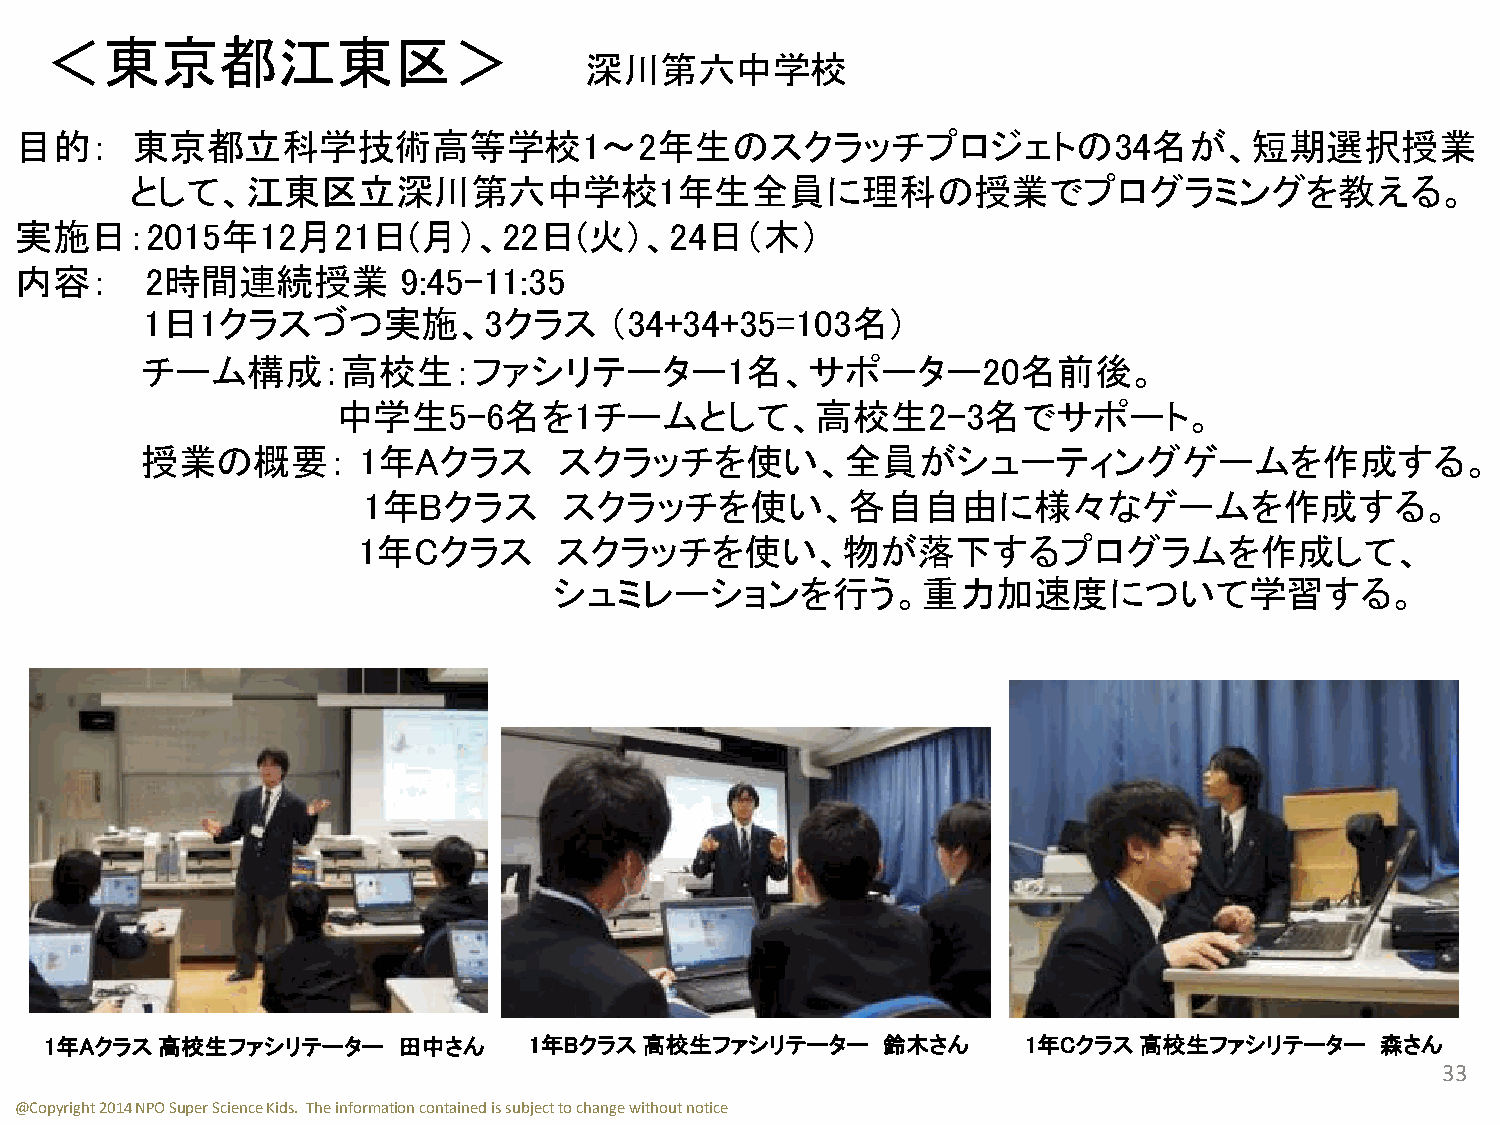
＜東京都江東区＞
 深川第六中学校
 目的：     東京都立科学技術高等学校1～2年生のスクラッチプロジェトの34名が、短期選択授業
 として、江東区立深川第六中学校1年生全員に理科の授業でプログラミングを教える。
 実施日：2015年12月21日(月）、22日(火）、24日（木）
 内容：      2時間連続授業          9:45-11:35
 1日1クラスづつ実施、3クラス                （34+34+35=103名)
 チーム構成：高校生：ファシリテーター1名、サポーター20名前後。
 中学生5-6名を1チームとして、高校生2-3名でサポート。
 授業の概要：         1年Aクラス       スクラッチを使い、全員がシューティングゲームを作成する。
 1年Bクラス       スクラッチを使い、各自自由に様々なゲームを作成する。
 1年Cクラス       スクラッチを使い、物が落下するプログラムを作成して、
 シュミレーションを行う。重力加速度について学習する。
 1年Aクラス 高校生ファシリテーター     田中さん     1年Bクラス  高校生ファシリテーター    鈴木さん      1年Cクラス 高校生ファシリテーター     森さん
 33
 @Copyright 2014 NPO Super Science Kids. The information contained is subject to change without notice